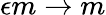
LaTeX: \epsilon m\rightarrow m